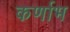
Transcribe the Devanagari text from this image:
कर्णाभ